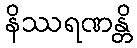
နိဿရဏန္တိ